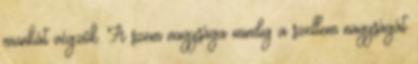
munkát végzők. A szem nagysága mindig a szellem nagyságát